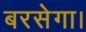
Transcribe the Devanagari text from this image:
बरसेगा।